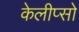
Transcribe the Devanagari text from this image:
केलीप्सो